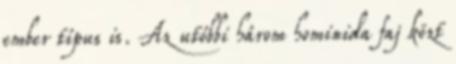
ember típus is. Az utóbbi három hominida faj közt